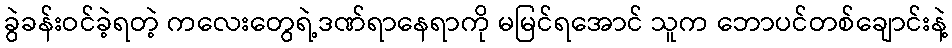
ခွဲခန်းဝင်ခဲ့ရတဲ့ ကလေးတွေရဲ့ဒဏ်ရာနေရာကို မမြင်ရအောင် သူက ဘောပင်တစ်ချောင်းနဲ့